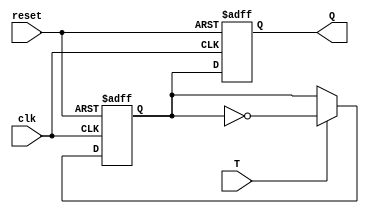
module T_FF (
    input wire clk,
    input wire reset,
    input wire T,
    output reg Q
);

reg D;

always @(posedge clk, posedge reset)
begin
    if (reset)
        D <= 1'b0;
    else if (T)
        D <= ~D;
end

always @(posedge clk, posedge reset)
begin
    if (reset)
        Q <= 1'b0;
    else
        Q <= D;
end

endmodule